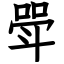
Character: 斝